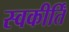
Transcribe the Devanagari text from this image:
स्वकीर्तिं